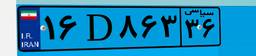
۱۶D۸۶۳۳۶